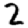
Digit: 2